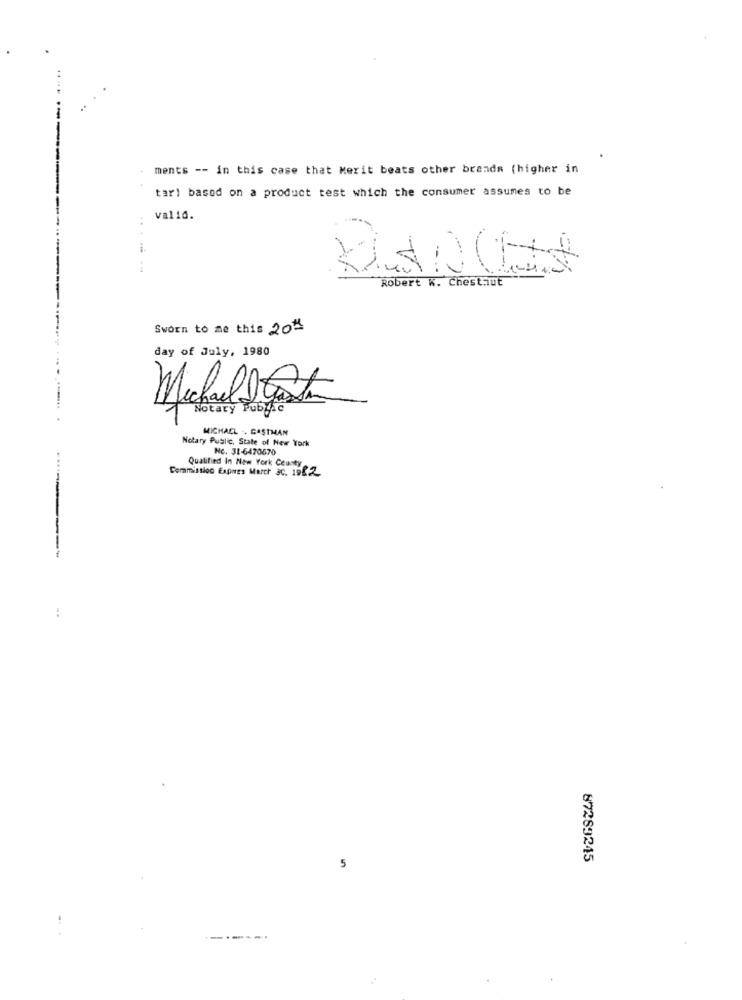
--
ments -- in this case that Merit beats other brands (higher in
tarl based on a product test which the consumer assumes to be
valid.
i
--
KANCA
Robert K. Chestnut
Sworn to me this 20th
day of July, 1980
Notary Public
MICHAEL .. CASTMAN
Notary Public, State of New York
No. 31-6470570
Qualified In New York County
Commission Expres March ac. 1982
:
87289245
5
------.